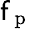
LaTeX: \mathsf{f}_{\mathrm{{~p~}}}